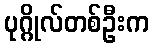
ပုဂ္ဂိုလ်တစ်ဦးက